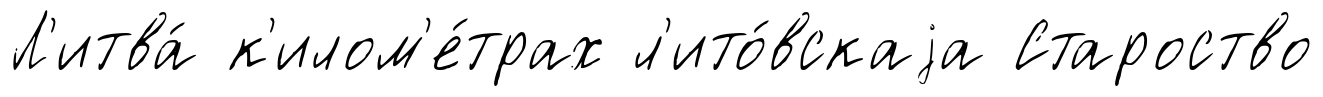
Л'итва́ к'илом'е́трах л'ито́вскаjа Староство